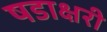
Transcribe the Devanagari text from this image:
षडाक्षरी